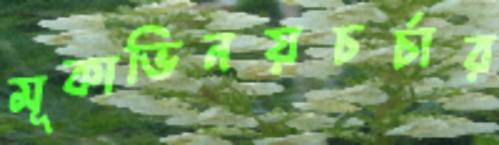
মূকাভিনয়চর্চার